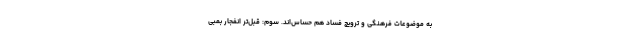
به موضوعات فرهنگی و ترویج فساد هم حساس‌اند. سوم: قبل‌تر انفجار بمبی